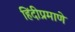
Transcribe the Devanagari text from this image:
हिंदीप्रमाणे